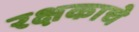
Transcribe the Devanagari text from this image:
रक्षकाचे